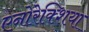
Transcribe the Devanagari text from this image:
एनोरेक्शिया